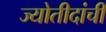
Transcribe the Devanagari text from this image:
ज्योतीदांची